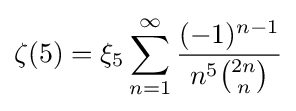
\zeta (5)=\xi _{5}\sum _{n=1}^{\infty }{\frac {(-1)^{n-1}}{n^{5}{\binom {2n}{n}}}}